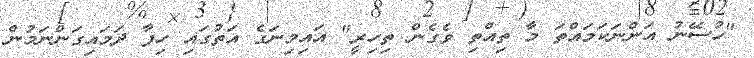
"ހުސޭނު އަންނަކަމައްތަ މާ ތިއްތި ވެގެން ތިހިރީ" އައިމިނަގެ އަތުގައި ހިފާ ދަމައިގަންނަމުން